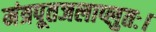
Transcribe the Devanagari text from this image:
मंत्रपूतजलाप्लुतः।